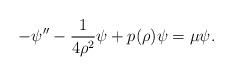
LaTeX: \begin{align*}-\psi'' - \frac{1}{4\rho^2}\psi + p(\rho)\psi = \mu\psi.\end{align*}